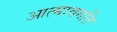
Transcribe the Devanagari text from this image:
आत्मावगति